Leaving Certificate, 1901
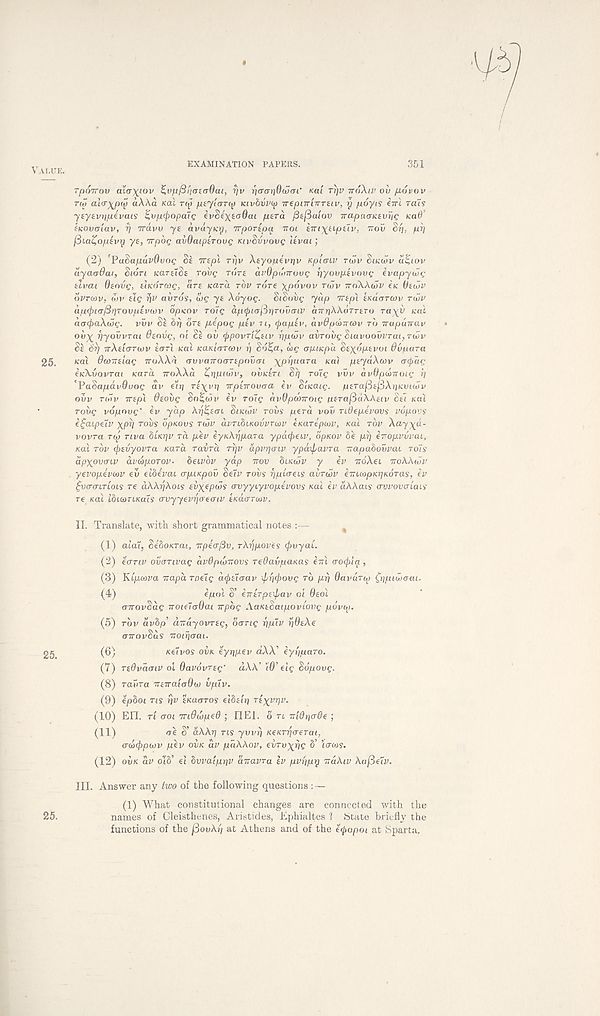
VALUE.
EXAMINATION PAPERS.
351
Tpovrov ala'xj.ov ^vp/3)j<Tta6ai, 7]v TiaariduSai' mi Tip TTOXIV oil fiuvov
TW ai<T%p<jp a\X.a KCU r<j» ptylarcj Kivdvi'ai TrepcTrlirreiv, r/ poyis eirl reus
yeyeviipevcus ^vp^opaiQ evSexea^at /uera fiefiaiov TrapaarKtviiQ KOO’
SKOvcrtav, rj irdw yt avayiaj, TTporipa TIOI hriytiptiv, TTOV Sp, pr]
f3ia£optvy ye, Trpog avOcuperovg KIVSVVOVG Uvai;
(2)
’PuSapuvOvoQ Se rrepl rrjv Xeyopevr/v Kplaiv rwv StK(vv
ayaoOai, Sion KareiSe rovg TOTE avdpunroug pyoopevovg evapywg
elvai Osovg, ehcdrcog, are Kara rbv TOTE \p6v°v TWV iroWiijv ZK tteibv
ovritiv, lov elg
avros, u>g ye Xoyog. SiSuvg yap irepl eKaarcov TWV
ap.<fii<r/3qTovpEV<vv opKCtv rolg apipiafirirovcnv OTrrjAAarrtro ra^v no!
aac^aXbjg. vvv Se brj ore pZpog pev n, ipapev, avdpiXnwv TO irapuirav
ovx TiyovvTai deovg, oi Se ov ippovriZeiv ppwv avrovg Siavoovvrai, TWV
Se Sr) irXeiGTwv eon ical KaKioTwv >j So£a, aig opiKpa Sexopevoi Ovpara
25.
Kat dcoTreiag iroXXa ovvarrooTepovoi \pi)uaTa KU'I peydXwv ocpag
ZKXVOVTUI Kara iroXXd Zrtptwv, OVKETI Sr] roig vvv dvOpwiroig rj
'PaSapdvduog dv e’ir] Te\vr] irpeirovoa Zv SiKaig. peTafiefiXrtKviwv
ovv TWV irepl deoiig So^wv Zv roig dvOpcoiroig perafiaXKeiv Sel Kal
rovg vopnvg' Zv yap Xrj^eoi SIKWV TOVS pera vov ndepevovs vopovs
Z£aipeiv xpr) TOVS opKovs TWV dvnbiKovvrtDV eKarepiov, Kal rbv Xa-yya-
vovra np Tiva bUrjv ra pev ZyKXrjpara ypdipeiv, opKov be pr) Zrropvvvai,
Kal TOV i^evyovra Kara ravra rr/v apvrjoiv ypdxpavra uapabovvai TO~IS
dpypvoiv dvwpoTov- beivbv yap TTOV biKwv y Zv TroXei TTOXXWV
. yevopevwv eu elbevai opiKpov Seiv robs rjpioeis avrwv ZnuiopKr)Koras, Zv
^VOOITIOIS re dAAijAots evyepws ovyyiyvopevovs Kal Zv dXXais ovvovoiais
re Kal IbiwriKais ovyyevrjoecnv EKIXOTWV.
II. Translate, with short grammatical notes :—
%
(1) aiat, SeboKTai, npeofiv, rkripoves (pvyai.
(2) eonv ovonvag avOpwirovs reOavpaKas ZTTI ooipla,
(3) Kipcova Trapa roelg drjreZoav \pr)(povg TO pi) OavuTip £r\piwoai.
(4)
Zpol S’ Znerpeipav oi Oeol
oTrovSdg noieioOai irpbg AaKeSaipoviovg povw.
(5) TOV ctvbp’ aTrayovreg, Song ppiv pOeXe
OTrovSds TTOirjoai.
gg
(6)
Keivos OVK eyt]pev dXX' Zyiiparo.
(7) reOvdoiv oi Qavovreg' dXX' 'iQ’ elg Sopovg.
(8) ratira TreiraloOw vpiv.
(9) epboi ns i]V eKaoTOS elbeir] rexvrjv.
(10) EH. TI ooi TTiOwped ; II El. on -niQi)o6e ;
(11)
<re S’ dAArj ns yvvr) KeKTr/oerai,
odxjrpwv pev OVK dv pdXkov, evrvxrjg b’ locos.
(12) OVK dv ot8’ el bvvaipr)v aTravra ev pvppy TTCIXIV Xafieiv.
III. Answer any two of the following questions : —
(1) What constitutional changes are connected with the
25.
names of Cleisthenes, Aristides, Ephialtes 1 (State briefly the
functions of the j3ouA/; at Athens and of the etyopoi at Sparta.